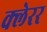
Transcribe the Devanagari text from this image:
क्लेरर